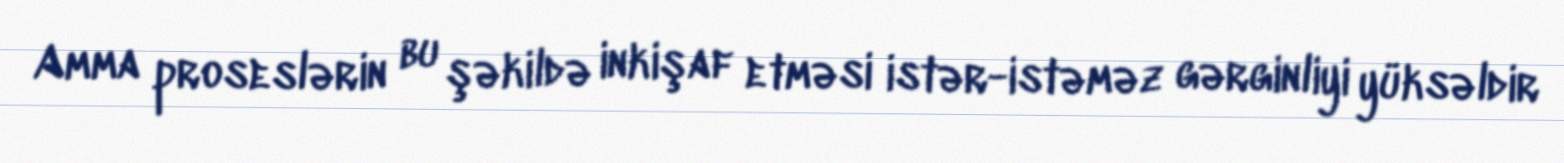
Amma proseslərin bu şəkildə inkişaf etməsi istər-istəməz gərginliyi yüksəldir